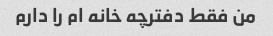
من فقط دفترچه خانه ام را دارم